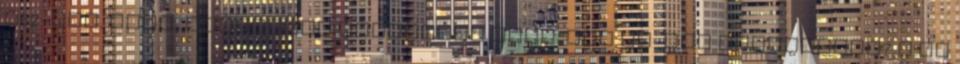
S62-nek. Igen, mindkettõ balosítva lesz. SMG II-rõl véleményed? K.va